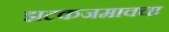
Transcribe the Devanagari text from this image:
झटकजमावचा